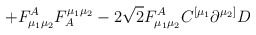
\begin{align*}\left. + {F}_{\mu_1\mu_2}^A {F}_A^{\mu_1\mu_{2}} - 2\sqrt{2}{F}_{\mu_1\mu_2}^A {C}^{[\mu_1}\partial^{\mu_{2}]} {D} \right.\end{align*}